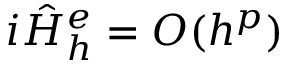
i \hat { H } _ { h } ^ { e } = { \cal O } ( h ^ { p } )